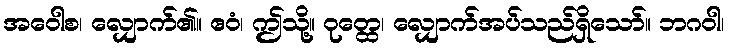
အဝေါစ၊ လျှောက်၏။ ဧဝံ၊ ဤသို့။ ဝုတ္ထေ၊ လျှောက်အပ်သည်ရှိသော်။ ဘဂဝါ၊